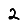
Digit: 2